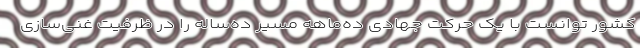
کشور توانست با یک حرکت جهادی ده‌ماهه مسیر ده‌ساله را در ظرفیت غنی‌سازی